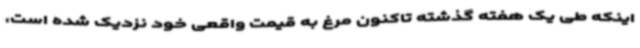
اینکه طی یک هفته گذشته تاکنون مرغ به قیمت واقعی خود نزدیک شده است،